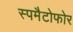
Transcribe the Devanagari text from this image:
स्पमैटोफोर